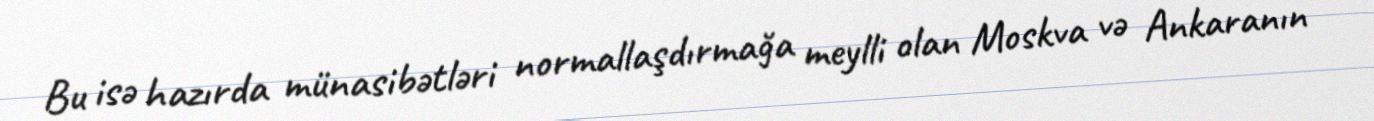
Bu isə hazırda münasibətləri normallaşdırmağa meylli olan Moskva və Ankaranın